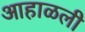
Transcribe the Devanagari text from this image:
आहाळली